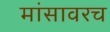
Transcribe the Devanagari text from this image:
मांसावरच